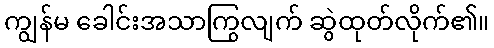
ကျွန်မ ခေါင်းအသာကြွလျက် ဆွဲထုတ်လိုက်၏။